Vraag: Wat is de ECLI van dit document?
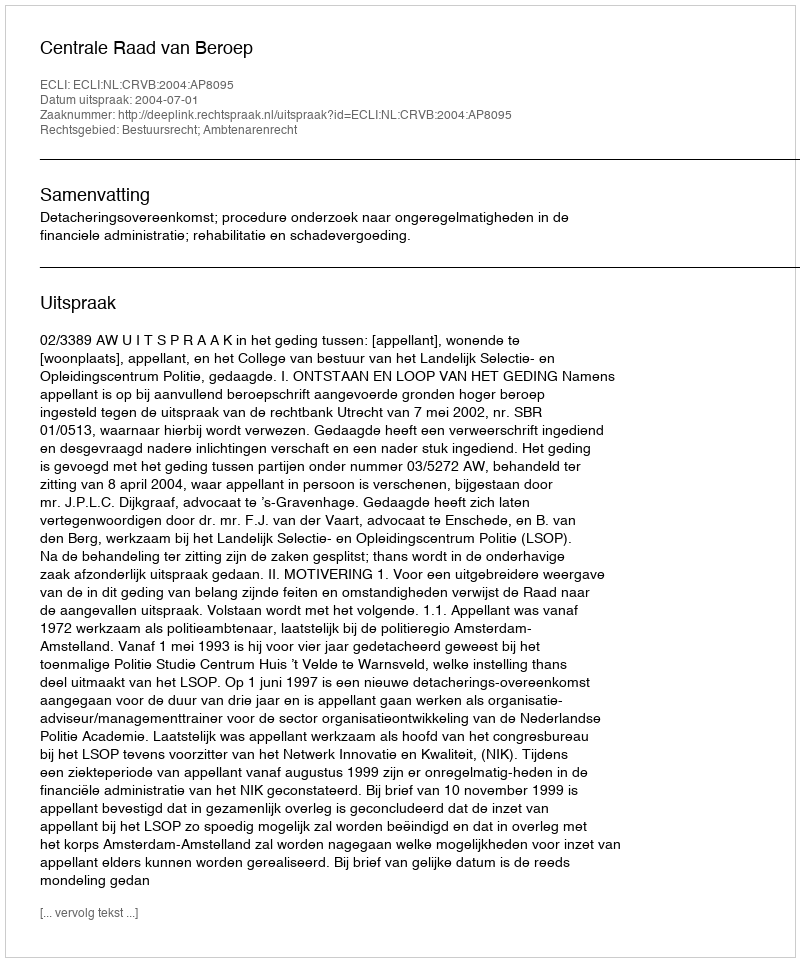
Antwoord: ECLI:NL:CRVB:2004:AP8095